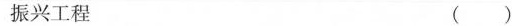
振兴工程 ( )